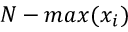
N - m a x ( x _ { i } )